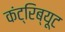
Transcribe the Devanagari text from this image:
कंट्रिब्यूट